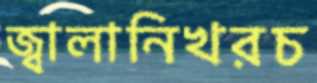
জ্বালানিখরচ